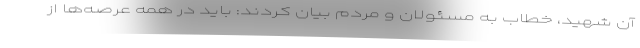
آن شهید، خطاب به مسئولان و مردم بیان کردند: باید در همه عرصه‌ها از